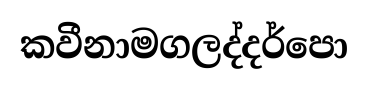
කවීනාමගලද්දර්පො